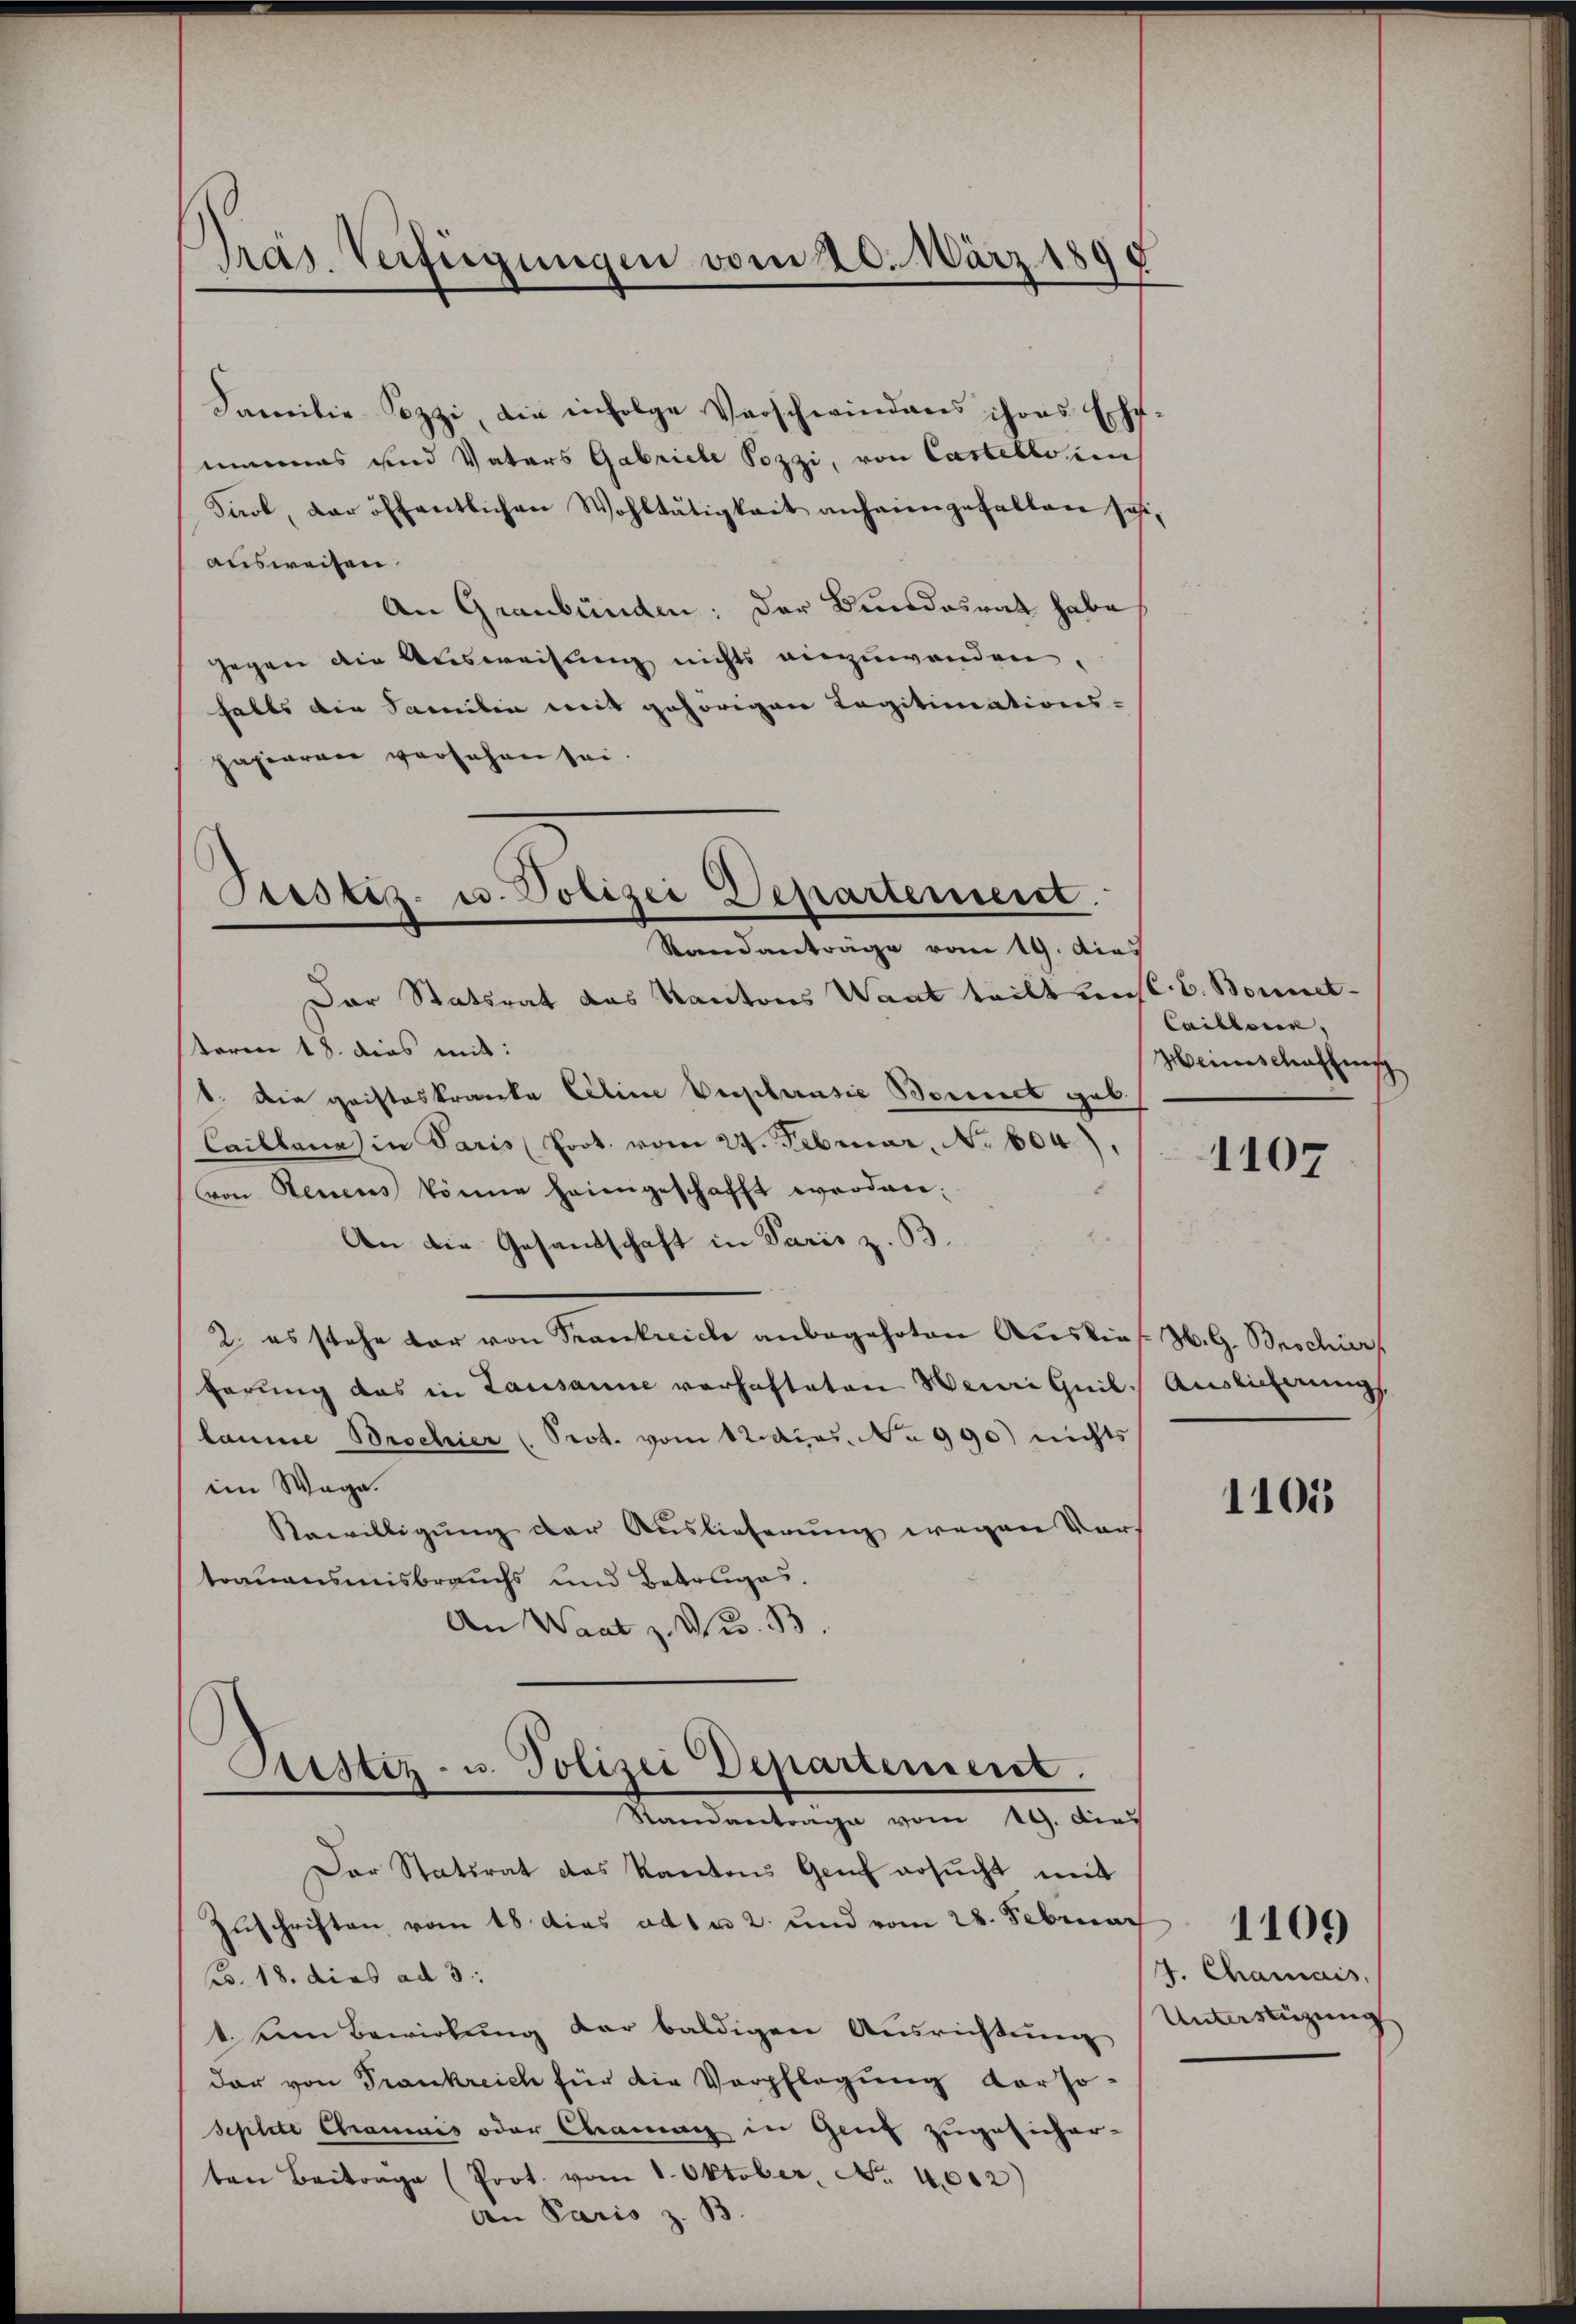
Pras Verfügungen vom 20. März 1890

Familie Sozzi, die infolge Verschwindaus ihres Ehe-
mannes und Vaters Gabriele Pozzi, von Castello in
Paol, der öffentlichen Wohltätigkeit anheimgefallen sei,
ausweisen.
An Graubünden: Der Bundesrath habe,
Gegen die Ausweisung nichts einzuwenden
halts die Samilie mit gehörigen Legitimations-
papieren versehen sei.

Trostiz- u. Polizei Departement
Standanträge vom 19. dies

Der Statsrat das Kantons Want teilt unst. C. Bonnetteren 18. dies mit:
1. Die gaisteskranke Eeline Verschausie Zürich geb.
Caillana in Paris Prot. vom 24. Februar, No. 604),
von Neuens könne heimgeschafft werden.
An die Gesandschaft in Paris z. B.
2. es stehe dar von Trankreich anbegehrten Auslief. Z. G. Brochier
hörung das in Lausanne vorhafteten Neui Quil. Auslieferung
laume Brochier (Prot. vom 12. Apos. No 990) nichts
iin Wege.
Rawilligung der Auslieferung wegen Vors
trauensmisbrauchs und Betrages.
An Want z. Z. B.

Astiz- u. Polizei Departement.
Standantrage vom 19. dies
Der Statsrat das Kantons Genf ersucht mit

Zuschriften vom 18. dies ad 1 u 2. und vom 28. Februar
Bo. 18. dies ad 3:
1. Um Bewirkung dar baldigen Ausrichtung
dar von Trankreich für die Verpflegung vorso-
Seplite Chramuis oder Chang in Genf zugesicher-
ten Beitrage (Prot. vom 1. Oktober, No. 4612)
An Paris z. B.

Caillonen,
Weinschaffung

1107

1105

J. Chamais,
Unterstüzung

1109